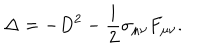
\Delta = - D ^ { 2 } - \frac { \mathrm { i } } 2 \sigma _ { \mu \nu } F _ { \mu \nu } .